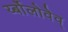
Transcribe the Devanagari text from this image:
र्य्बोलोवेव्